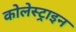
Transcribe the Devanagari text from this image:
कोलेस्ट्राइन